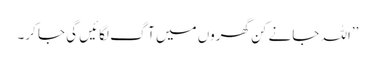
’’اللہ جانے کن گھروں میں آگ لگائیں گی جا کر۔